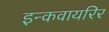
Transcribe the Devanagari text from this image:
इन्कवायरिर